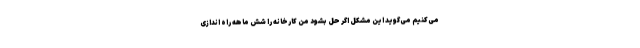
می‌کنیم می‌گوید این مشکل اگر حل بشود من کارخانه را شش ماهه راه اندازی